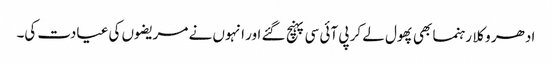
ادھر وکلا رہنما بھی پھول لے کر پی آئی سی پہنچ گئے اور انہوں نے مریضوں کی عیادت کی۔